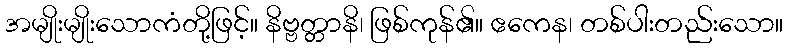
အမျိုးမျိုးသောကံတို့ဖြင့်။ နိဗ္ဗတ္တာနိ၊ ဖြစ်ကုန်၏။ ဧကေန၊ တစ်ပါးတည်းသော။